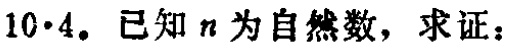
已知 \(n\) 为自然数，求证：